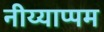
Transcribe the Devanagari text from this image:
नीय्याप्पम